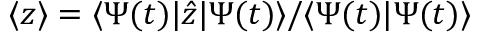
\langle z \rangle = \langle \Psi ( t ) | \hat { z } | \Psi ( t ) \rangle / \langle \Psi ( t ) | \Psi ( t ) \rangle